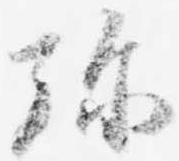
弥